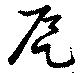
戹